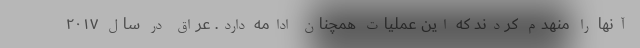
آنها را منهدم کردند که این عملیات همچنان ادامه دارد. عراق در سال ۲۰۱۷